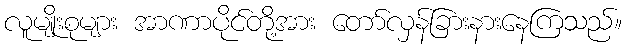
လူမျိုးစုများ အာဏာပိုင်တို့အား တော်လှန်ခြားနားနေကြသည်။